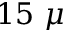
1 5 ~ \mu